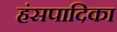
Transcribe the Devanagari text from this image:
हंसपादिका